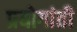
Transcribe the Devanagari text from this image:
प्रयोगांती